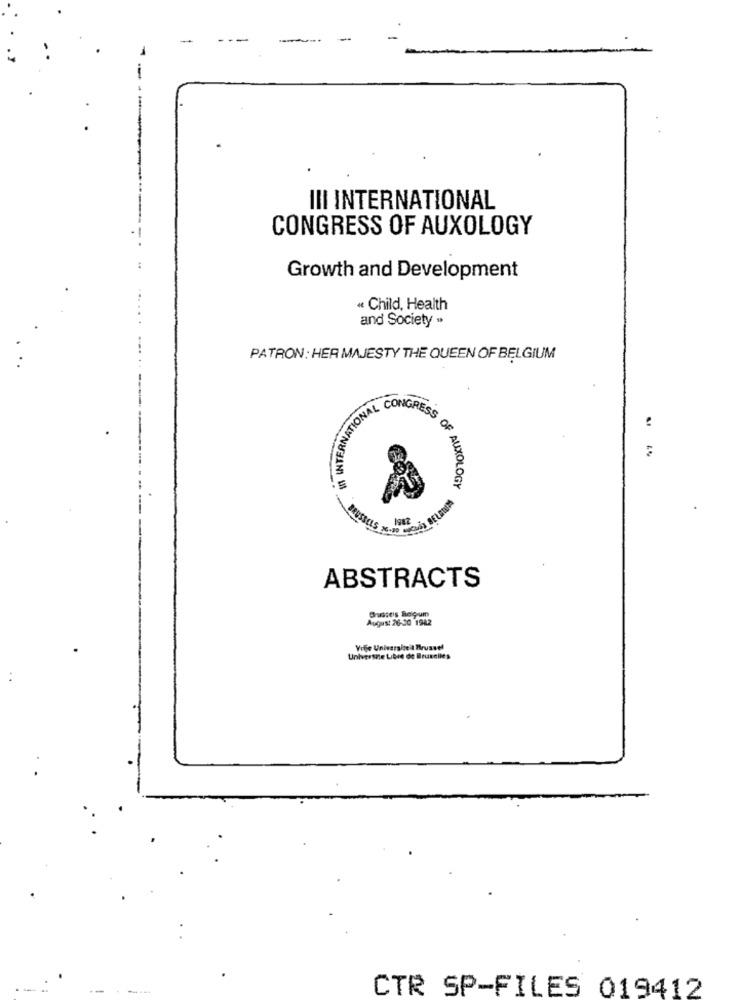
-
--
-
III INTERNATIONAL
CONGRESS OF AUXOLOGY
Growth and Development
« Child, Health
and Society ">
PATRON: HER MAJESTY THE QUEEN OF BELGIUM
11 INTERNATIONA
DESS OF AUXOLOGY
ABSTRACTS
August 26-30 1942
Sistes Regum
Vilje Universiteit Brussel
Universite Libre de Bruxelles
--
CTR SP-FILES 019412